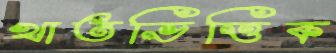
খাতভিত্তিক